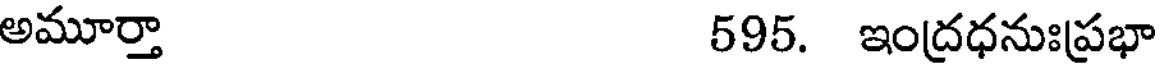
అమూర్తా 595. ఇంద్రధనుఃప్రభా